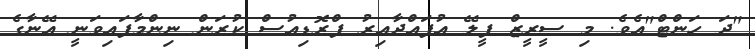
"ދަ ހަންޓް"އެވެ. މި ސީރީޒް ޕީލޭ އުފައްދާއިރު ޕްރޮޑިއުސް ކުރަން ނިންމާފައިވަނީ އޭނާގެ